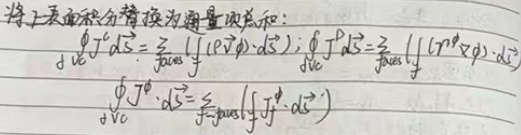
将上表面积分替换为通量项总和：
\begin{align*}
\oint_{\partial V^c} \boldsymbol{J}^c \cdot d\boldsymbol{S} &= \sum_{\text{faces}} \left( \int_{\partial S'} (\boldsymbol{J}^c \cdot \boldsymbol{\hat{n}}) dS' \right)\\
\oint_{\partial V^c} \boldsymbol{J}^c \cdot d\boldsymbol{S} &= \sum_{\text{faces}} \left( \int_{\partial S'} (\boldsymbol{J}^c \cdot \boldsymbol{\hat{n}}) dS' \right)\\
\oint_{\partial V^c} \boldsymbol{J}^c \cdot d\boldsymbol{S} &= \sum_{\text{faces}} \left( \int_{\partial S'} (\boldsymbol{J}^c \cdot \boldsymbol{\hat{n}}) dS' \right)
\end{align*}